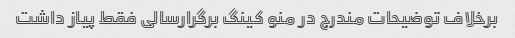
برخلاف توضیحات مندرج در منو کینگ برگرارسالی فقط پیاز داشت